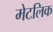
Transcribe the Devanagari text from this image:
मेटलिक